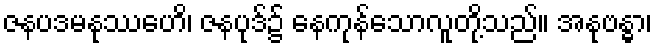
ဇနပဒမနုဿေဟိ၊ ဇနပုဒ်၌ နေကုန်သောလူတို့သည်။ အနုဗန္ဓာ၊